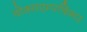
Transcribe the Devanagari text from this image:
वोक्सएम्पफिंगर